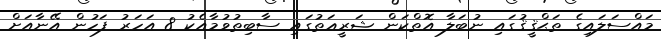
މައްސަލައިގެ ތަޙްޤީޤުގައި ނުބަލާ އޮތްކަން ޝަރީޢަތުގައި ސާބިތުވުމާއެކު 8 އަހަރު ފަހުން އޭނާއަށް